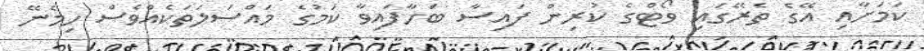
ކަމަށާއި އޭގެ ތެރޭގައި ވޯޓްގެ ކުރިން ފައިސާ ބަހާފައިވާ ކަމުގެ މައްސަލަތަކެއްވެސް ހިމެނޭ